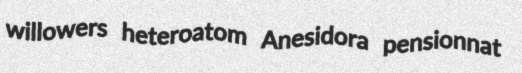
willowers heteroatom Anesidora pensionnat